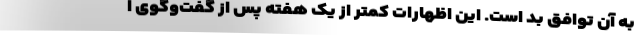
به آن توافق بد است‌. این اظهارات کمتر از یک هفته پس از گفت‌وگوی ا